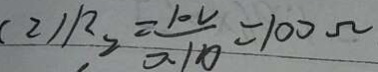
( 2 ) R _ { 2 } = \frac { 1 0 V } { 0 . 1 0 } = 1 0 0 \Omega